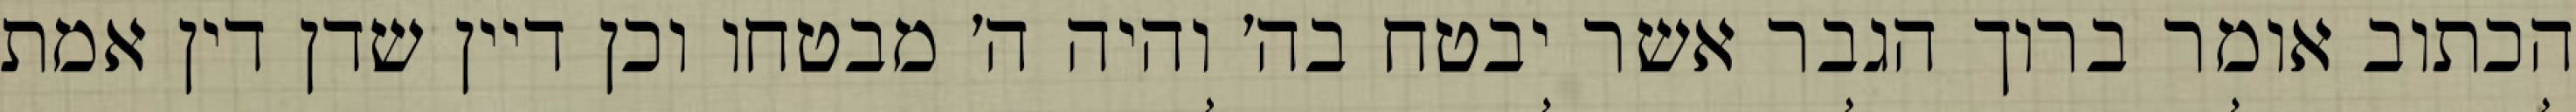
הכתוב אומר ברוך הגבר אשר יבטח בה׳ והיה ה׳ מבטחו וכן דיין שדן דין אמת